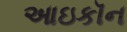
આઇકૉન